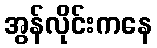
အွန်လိုင်းကနေ